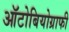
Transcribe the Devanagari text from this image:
ऑटोबियोग्राफी